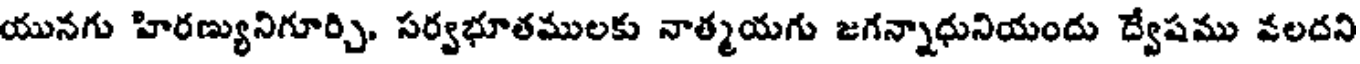
యునగు హిరణ్యునిగూర్చి. సర్వభూతములకు నాత్మయగు జగన్నాధునియందు ద్వేషము వలదని